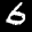
Label: 6